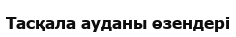
Тасқала ауданы өзендері